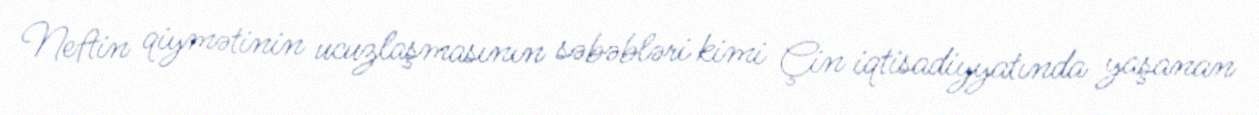
Neftin qiymətinin ucuzlaşmasının səbəbləri kimi Çin iqtisadiyyatında yaşanan